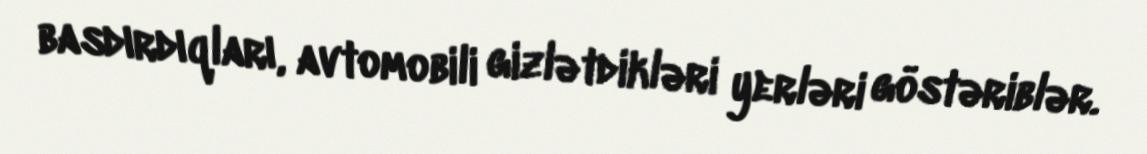
basdırdıqları, avtomobili gizlətdikləri yerləri göstəriblər.